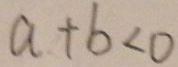
a + b < 0